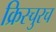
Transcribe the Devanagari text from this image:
क्रिस्चुरच